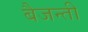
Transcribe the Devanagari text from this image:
बैजन्ती